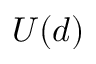
U ( d )